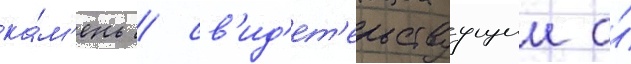
ка́м'ень / св'ид'ет'ельствуущии о́